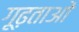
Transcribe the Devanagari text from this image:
गूढ़ताओं